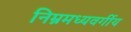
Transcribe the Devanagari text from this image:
निम्नमध्यवर्गीय